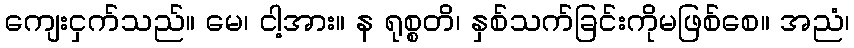
ကျေးငှက်သည်။ မေ၊ ငါ့အား။ န ရုစ္စတိ၊ နှစ်သက်ခြင်းကိုမဖြစ်စေ။ အညံ၊